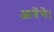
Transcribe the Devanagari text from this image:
आवेंगे।